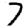
Digit: 7